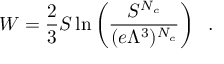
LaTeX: { \cal W } = \frac { 2 } { 3 } S \ln \left( \frac { S ^ { N _ { c } } } { ( e \Lambda ^ { 3 } ) ^ { N _ { c } } } \right) \; \; .